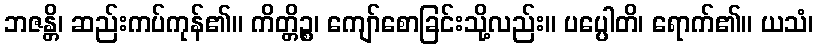
ဘဇန္တိ၊ ဆည်းကပ်ကုန်၏။ ကိတ္တိဉ္စ၊ ကျော်စောခြင်းသို့လည်း။ ပပ္ပေါတိ၊ ရောက်၏။ ယသံ၊